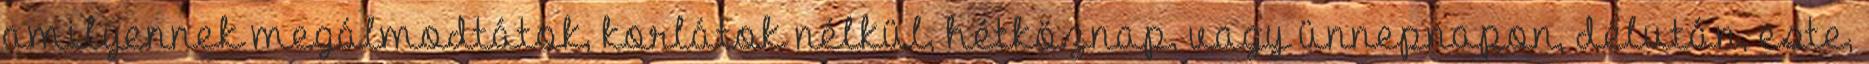
amilyennek megálmodtátok, korlátok nélkül, hétköznap, vagy ünnepnapon, délután, este,